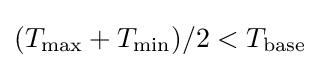
(T_{\mathrm {max} }+T_{\mathrm {min} })/2<T_{\mathrm {base} }